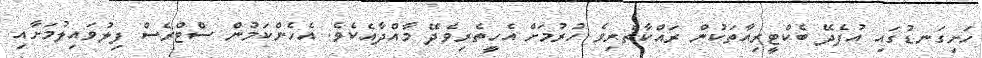
ހަށިގަނޑުގައި އުފެދޭ ބެކްޓީރިއާތަކުން ރައްކާތެރިވެ ހުރުމަށް އެހީތެރިވެދޭ މާއްދާއެކެވެ. އެހެންކަމުން ސްޓްރެސް ފިލުވައިލުމަށާއި